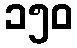
၁၅၀